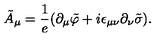
{ \tilde { A } } _ { \mu } = \frac { 1 } { e } ( \partial _ { \mu } { \tilde { \varphi } } + i \epsilon _ { \mu \nu } \partial _ { \nu } { \tilde { \sigma } } ) .